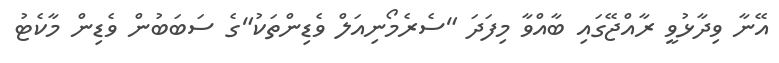
އޭނާ ވިދާޅުވީ ރާއްޖޭގައި ބާއްވާ މިފަދަ "ސެރެމޯނިއަލް ވެޑިންތަކު"ގެ ސަބަބުން ވެޑިން މާކެޓު